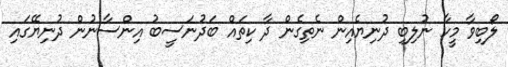
ލޯބިވާ މީހާ ނުލިބި ދުނިޔެއިން ނެތިގެން ދާ ކިތައް ބަދުނަސީބު އިންސާނުން ދުނިޔޭގައި